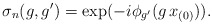
\begin{align*}\sigma_n (g,g')= \exp(-i \phi_{g'}(g \, x_{(0)})).\end{align*}